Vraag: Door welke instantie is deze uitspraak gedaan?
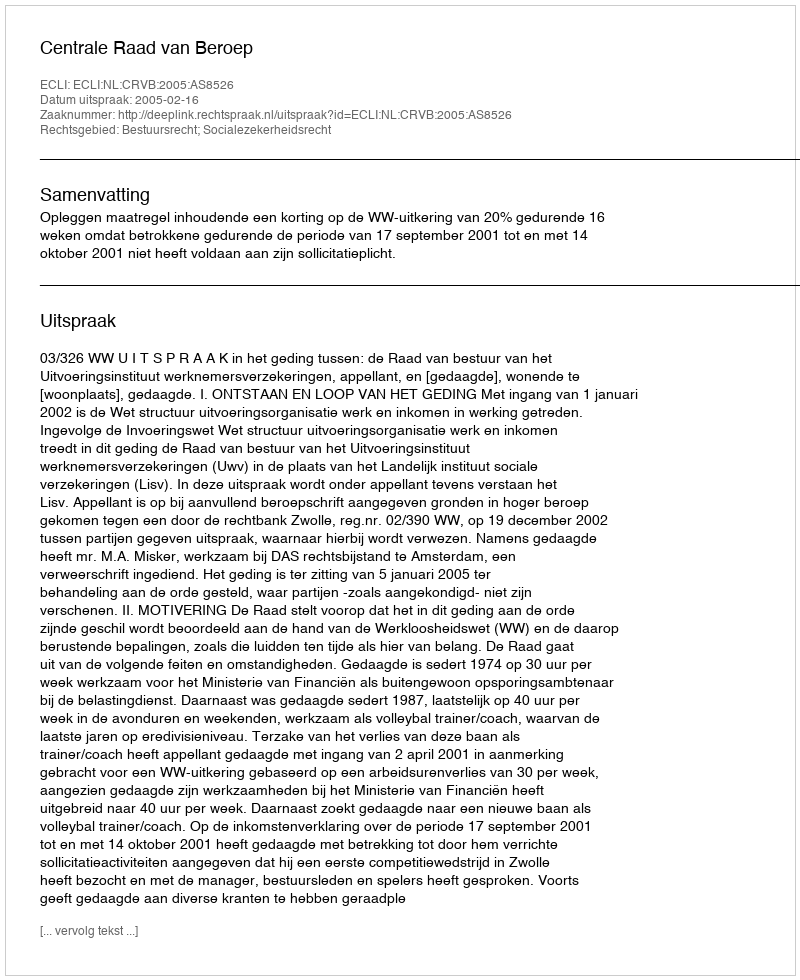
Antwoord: Centrale Raad van Beroep